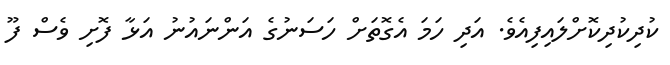
ކުދިކުދިކޮށްލައިފިއެވެ. އަދި ހަމަ އެގޮތަށް ހަސަނުގެ އަންނައުނު އަޅާ ފޮށި ވެސް ފޫ